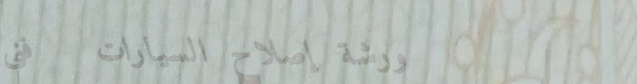
ورشة إصلاح السيارات   فني